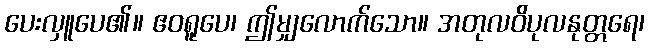
ပေးလှူပေ၏။ ဧဝရူပေ၊ ဤမျှလောက်သော။ အတုလဝိပုလနုတ္တရေ၊